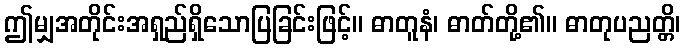
ဤမျှအတိုင်းအရှည်ရှိသောပြခြင်းဖြင့်။ ဓာတူနံ၊ ဓာတ်တို့၏။ ဓာတုပညတ္တိ၊